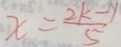
x = \frac { 2 k - 1 } { 5 }